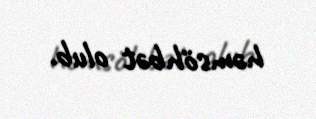
həmsöhbət olub.